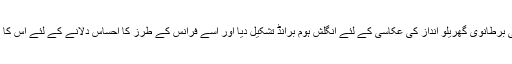
ایلھان تناسی نے اسی برطانوی گھریلو انداز کی عکاسی کے لئے انگلش ہوم برانڈ تشکیل دیا اور اسے فرانس کے طرز کا احساس دلانے کے لئے اس کا نام میڈم کوکو رکھا۔